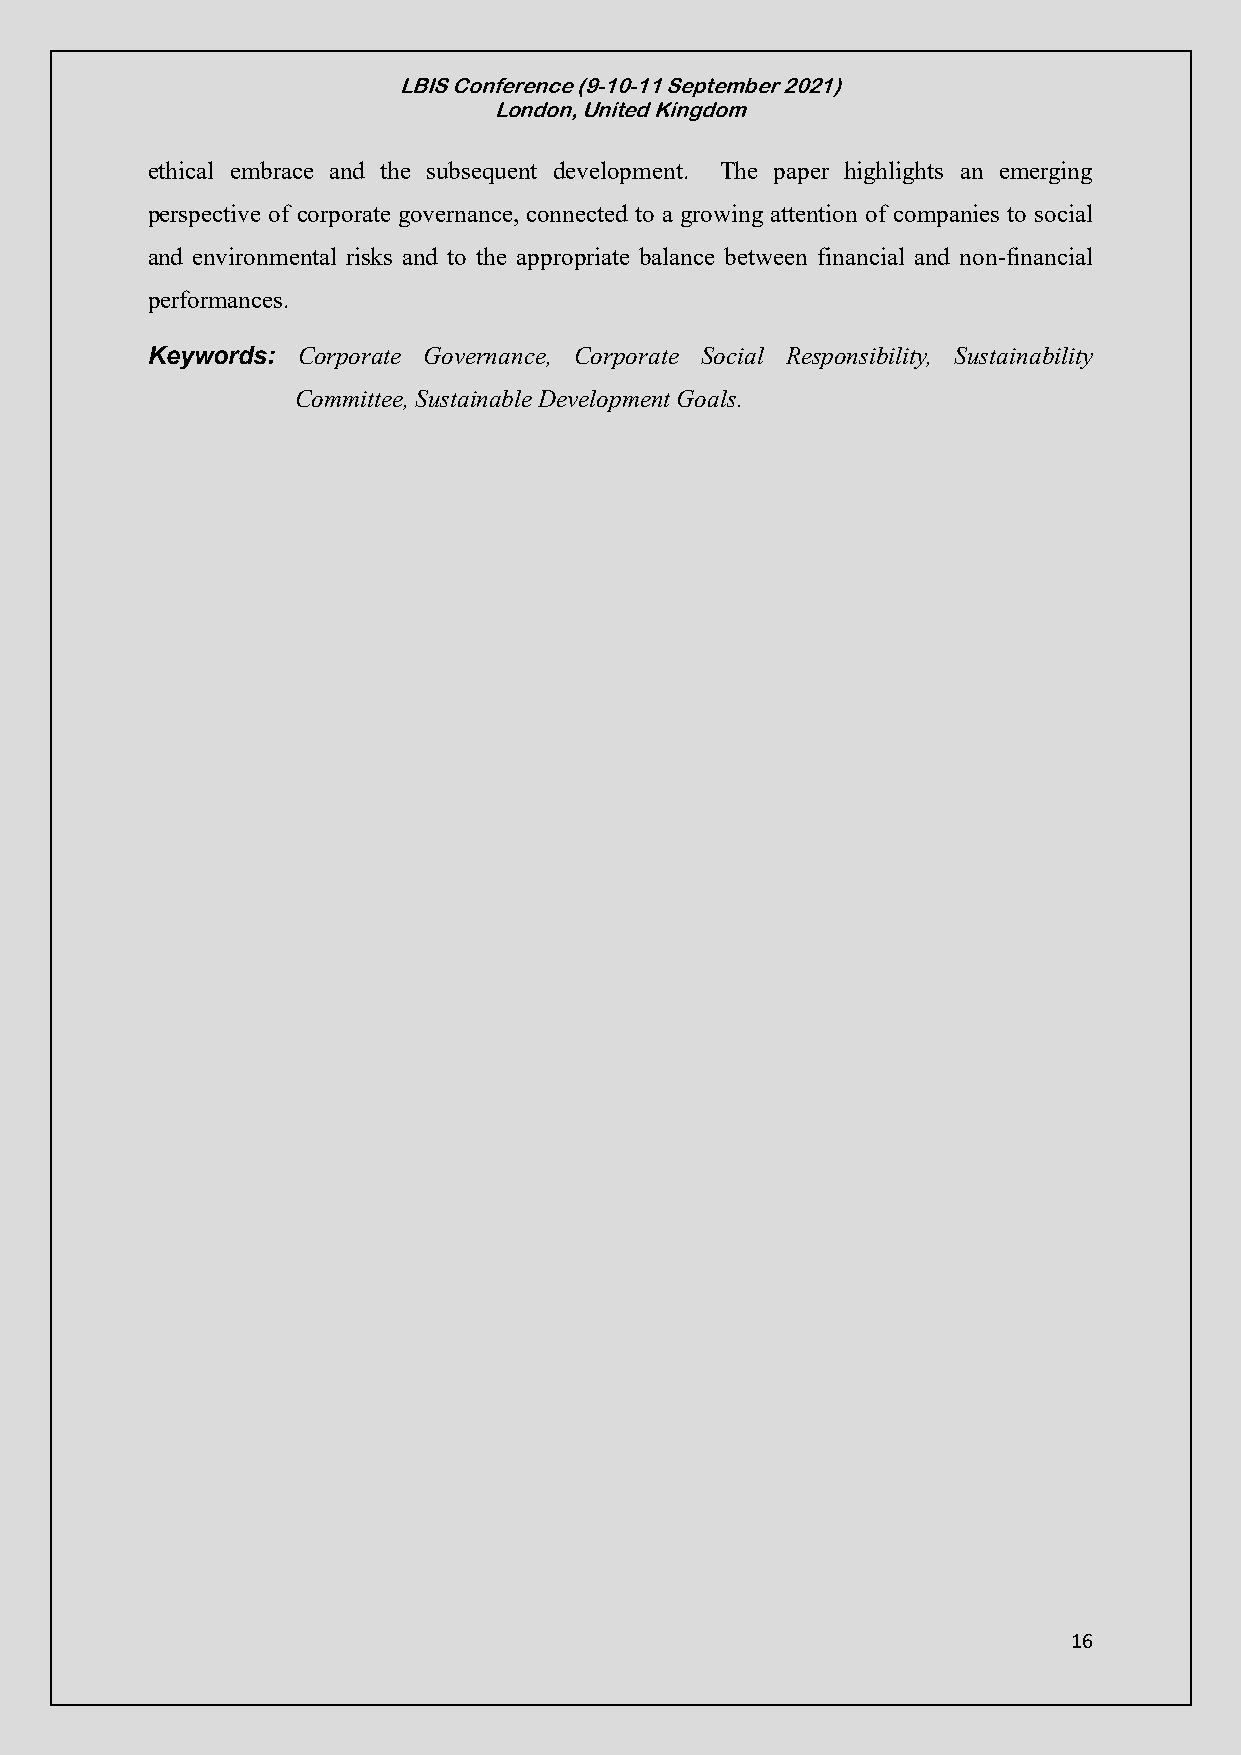
LBIS Conference (9-10-11 September 2021)
 London, United Kingdom
 ethical embrace and the subsequent development. The paper highlights an emerging
 perspective of corporate governance, connected to a growing attention of companies to social
 and environmental risks and to the appropriate balance between financial and non-financial
 performances.
 Keywords: Corporate Governance, Corporate Social Responsibility, Sustainability
 Committee, Sustainable Development Goals.
 16